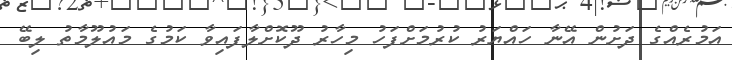
އަމުރެއްގެ ދަށުން އޭނާ ހައްޔަރު ކުރުމަށްފަހު މިހާރު ދޫކޮށްލާފައިވާ ކަމުގެ މައުލޫމާތު ލިބޭ